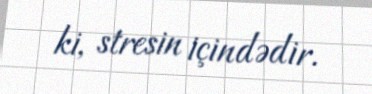
ki, stresin içindədir.